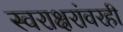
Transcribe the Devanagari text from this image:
स्वराक्षरांवरही